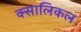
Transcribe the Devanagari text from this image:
क्सालिकल